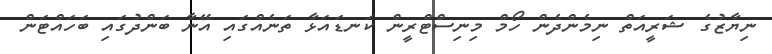
ނިޔާޒުގެ ޝަރީއަތް ނިމެންދެން ހޯމް މިނިސްޓްރީން ކަނޑައަޅާ ތަނެއްގައި އޭނާ ބަންދުގައި ބަހައްޓަން